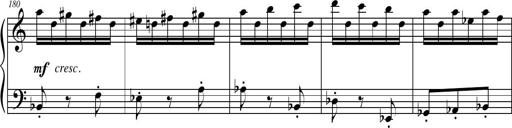
Title: Petite Sonatine
Composer: Richard St. Clair